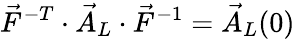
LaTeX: \vec{F}^{-T}\cdot\vec{A}_{L}\cdot\vec{F}^{-1}=\vec{A}_{L}(0)